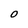
Character: 0